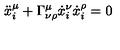
\ddot { x } _ { i } ^ { \mu } + \Gamma _ { \nu \rho } ^ { \mu } \dot { x } _ { i } ^ { \nu } \dot { x } _ { i } ^ { \rho } = 0